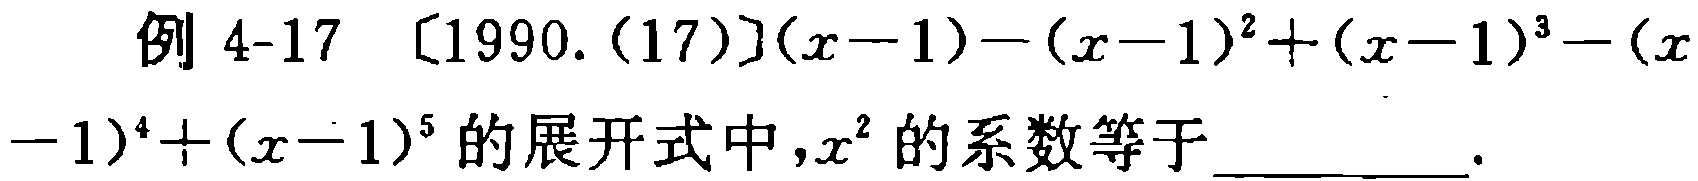
例 4-17 〔1990.(17)〕$(x - 1) - (x - 1)^2 + (x - 1)^3 - (x - 1)^4 + (x - 1)^5$ 的展开式中，$x^2$ 的系数等于  。